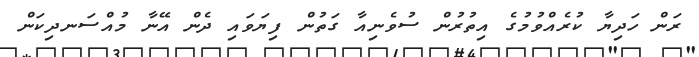
ރަން ހަދިޔާ ކުރެއްވުމުގެ އިތުރުން ސުވެނިއާ ގަތުން ފިޔަވައި ދެން އޭނާ މުއްސަނދިކަން